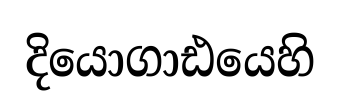
දියොගාඪයෙහි